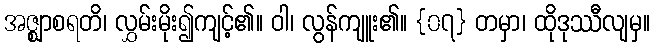
အဇ္ဈာစရတိ၊ လွှမ်းမိုး၍ကျင့်၏။ ဝါ၊ လွန်ကျူး၏။ {၀၇} တမှာ၊ ထိုဒုဿီလျမှ။